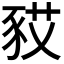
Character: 𧰿